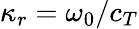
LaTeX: \kappa_{r}=\omega_{0}/c_{T}